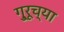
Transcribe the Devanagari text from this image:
गु्रूच्या